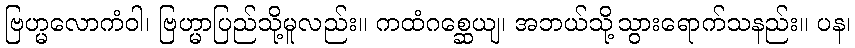
ဗြဟ္မလောကံဝါ၊ ဗြဟ္မာပြည်သို့မူလည်း။ ကထံဂစ္ဆေယျ၊ အဘယ်သို့သွားရောက်သနည်း။ ပန၊